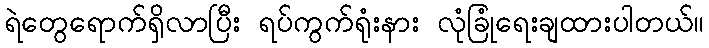
ရဲတွေရောက်ရှိလာပြီး ရပ်ကွက်ရုံးနား လုံခြုံရေးချထားပါတယ်။